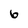
Character: 6